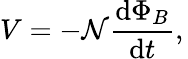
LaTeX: V=-\mathcal{N}{\frac{{\mathrm{{d}}\Phi_{B}}}{{\mathrm{{d}}t}}},\,